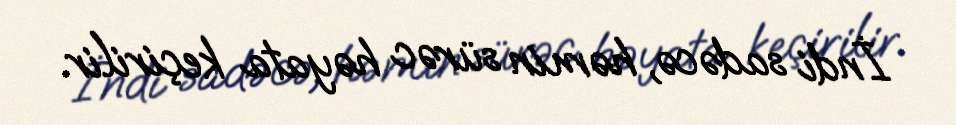
İndi sadəcə, həmin sürəc həyata keçirilir.